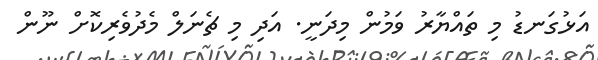
އަޅުގަނޑު މި ތައްޔާރު ވަމުން މިދަނީ. އަދި މި ޗެނަލް މެދުވެރިކޮށް ނޫން